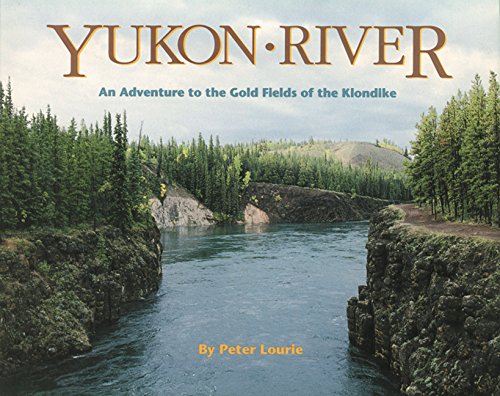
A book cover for Yukon River: An Adventure to the Gold Fields of the Klondike; Peter Lourie; Children's Books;